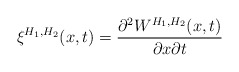
\begin{align*}\xi^{H_{1},H_{2}}(x,t)=\frac{\partial^{2}W^{H_{1},H_{2}}(x,t)}{\partial x\partial t}\end{align*}